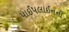
પાઈપલાઈનની